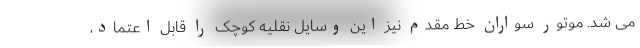
می شد. موتور سواران خط مقدم نیز این وسایل نقلیه کوچک را قابل اعتماد،